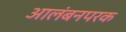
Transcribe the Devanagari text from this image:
आलंबनपरक